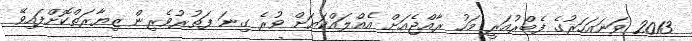
2013 ވަނައަހަރުގެ ފެބްރުއަރީ މަހު ރާއްޖެއަށް އެއްލައްކަޔަށް ވުރެ ގިނަ ފަތުރުވެރިން ޒިޔާރަތްކޮށްފައިވޭ